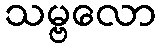
သမ္ဗလော